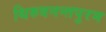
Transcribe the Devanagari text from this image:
थिरुवनन्तपुरम